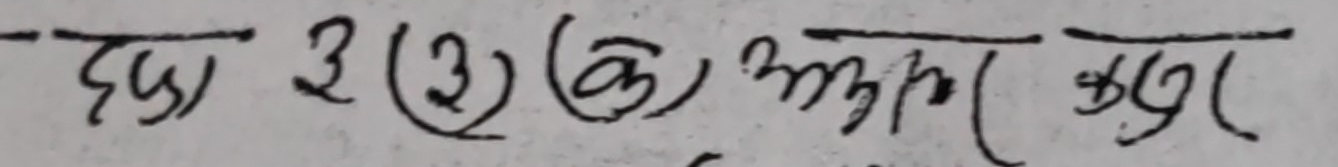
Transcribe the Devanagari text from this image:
छब्दा 3 (2) (क) असर बदा